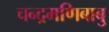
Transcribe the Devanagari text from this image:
चन्द्रमणिबाबु